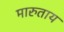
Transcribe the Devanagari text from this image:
मारुताय